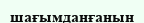
шағымданғанын